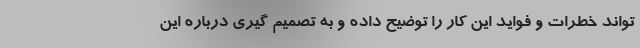
تواند خطرات و فواید این کار را توضیح داده و به تصمیم گیری درباره این